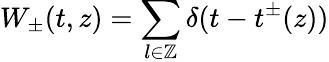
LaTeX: W_{\pm}(t,z)=\sum_{l\in\mathbb{Z}}\delta(t-t^{\pm}(z))